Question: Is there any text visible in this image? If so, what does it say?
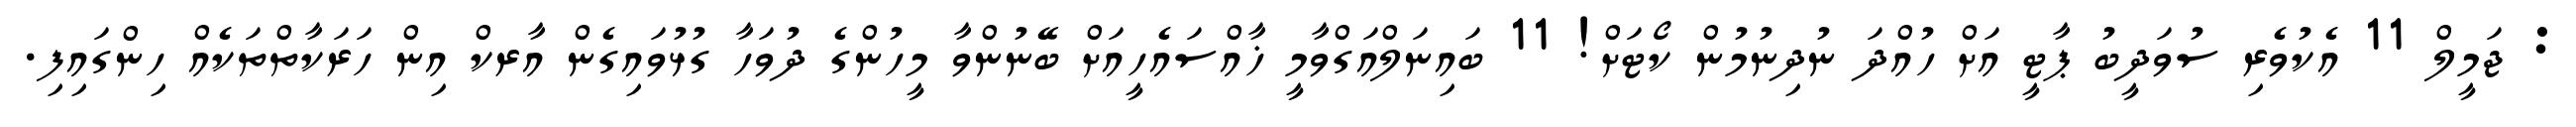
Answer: : ޖަމީލް 11 އެކުވެރި ސުވަދީބު ޕާޓީ އަށް ހުއްދަ ނުދިނުމުން ކޯޓަށް! 11 ބައިނަލްއަގްވާމީ ޚާއްސައެހީއަށް ބޭނުންވާ މީހުންގެ ދުވަހާ ގުޅުވައިގެން އާރކް އިން ހަރަކާތްތަކެއް ހިންގައިފި.